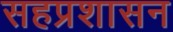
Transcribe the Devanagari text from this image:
सहप्रशासन